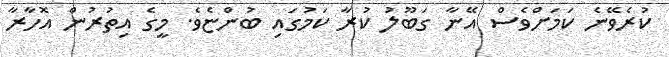
ކުރެވޭނެ ކަމަށްވެސް އޭނާ ގަބޫލު ކުރާ ކަމުގައި ބުންޏެވެ. މީގެ އިތުރުން އޮހާރާ